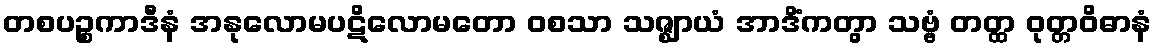
တစပဉ္စကာဒီနံ အနုလောမပဋိလောမတော ဝစသာ သဇ္ဈာယံ အာဒိံကတွာ သဗ္ဗံ တတ္ထ ဝုတ္တဝိဓာနံ